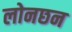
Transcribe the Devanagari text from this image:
लोनछन